Civil Veterinary Department Bihar & Orissa reports 1911-21 - 1911-1921
Year: 1911
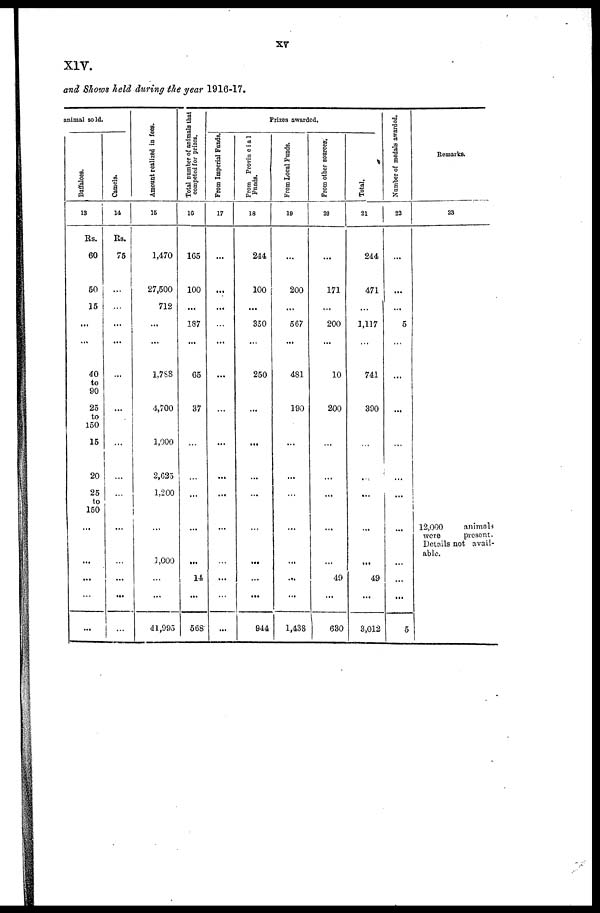
X1Y.
and Shows held during the year 1916-17.
animal sold.
Buffaloes.
13
Rs.
60
50
15
...
40
to
90
25
to
150
15
20
25
to
150
...
...
...
...
Camels.
14
Rs.
75
...
...
...
...
...
...
...
...
Amount realized in fees.
15
1,470
27,500
712
...
1,788
4,700
1,000
2,635
1,200
...
1,000
41,995
Total number
of animals that
competed for prizes.
16
165
100
...
187
65
37
...
...
...
...
14
568
From Imperial Funds.
17
...
...
...
...
...
...
...
...
...
...
...
...
Prizes awarded.
From Provincial
Funds.
18
244
100
...
350
250
...
...
...
...
...
...
...
944
From Local Funds.
19
...
200
...
567
481
190
...
...
...
...
...
...
1,438
From other sources.
20
...
171
...
200
10
200
...
...
...
...
...
49
630
Total.
21
244
471
...
1,117
741
390
...
...
...
...
...
49
3,012
Number of medals awarded.
22
...
...
...
5
...
...
...
...
...
...
...
...
5
Remarks.
23
12,000
animals
were
present.
Details not avail-
able.